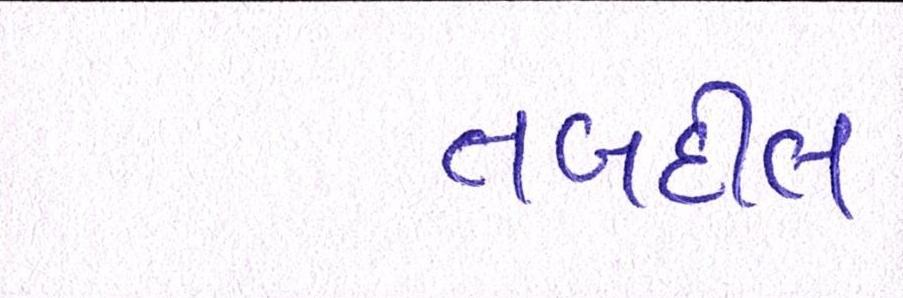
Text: તબદીલ